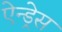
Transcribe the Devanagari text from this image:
ऐन्‍ड्रेस